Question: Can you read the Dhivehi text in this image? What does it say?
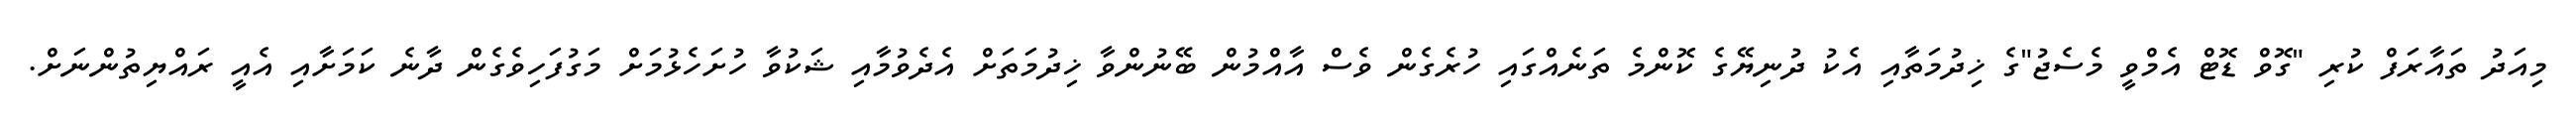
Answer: މިއަދު ތައާރަފް ކުރި "ގޮވް ޑޮޓް އެމްވީ މެސެޖު"ގެ ޚިދުމަތާއި އެކު ދުނިޔޭގެ ކޮންމެ ތަނެއްގައި ހުރެގެން ވެސް އާއްމުން ބޭނުންވާ ޚިދުމަތަށް އެދެވުމާއި ޝަކުވާ ހުށަހެޅުމަށް މަގުފަހިވެގެން ދާނެ ކަމަށާއި އެއީ ރައްޔިތުންނަށް.